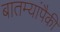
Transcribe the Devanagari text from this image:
बातम्यांपैकी